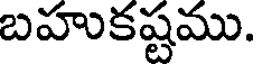
బహుకష్టము.